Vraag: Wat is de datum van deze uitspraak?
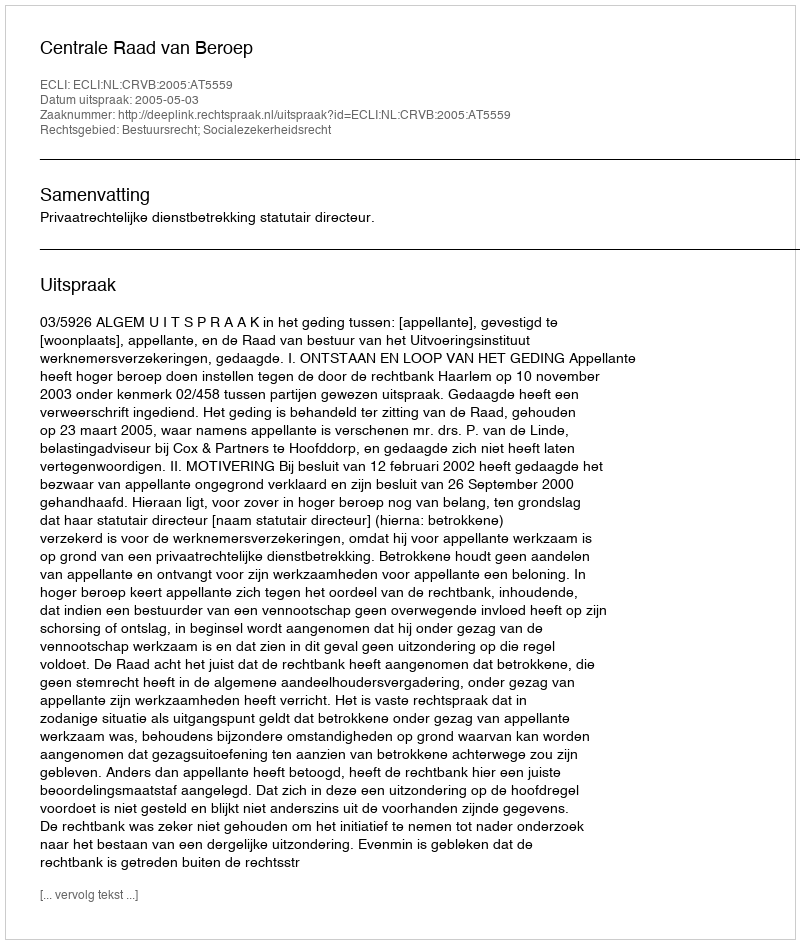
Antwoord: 2005-05-03